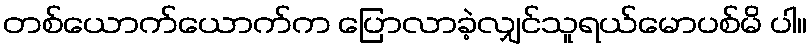
တစ်ယောက်ယောက်က ပြောလာခဲ့လျှင်သူရယ်မောပစ်မိ ပါ။